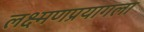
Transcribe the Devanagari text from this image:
लक्ष्मणप्रयागला